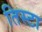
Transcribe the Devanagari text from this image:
तिस्टा